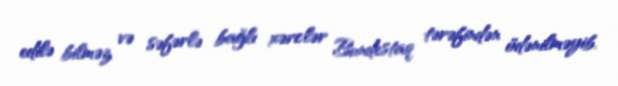
edilə bilməz və səfərlə bağlı xərclər Bundestaq tərəfindən ödənilməyib.